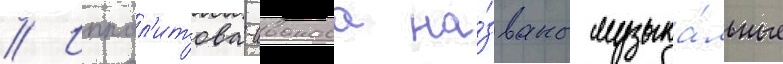
// Иппол'итова-иванова на́званы музыка́льные